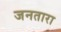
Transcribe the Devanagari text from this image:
जनतारा